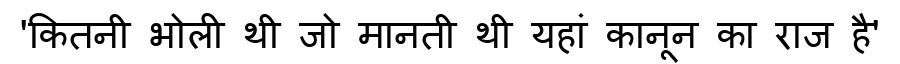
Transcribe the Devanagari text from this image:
'कितनी भोली थी जो मानती थी यहां कानून का राज है'